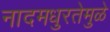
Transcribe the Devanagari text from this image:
नादमधुरतेमुळे